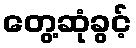
တွေ့ဆုံခွင့်